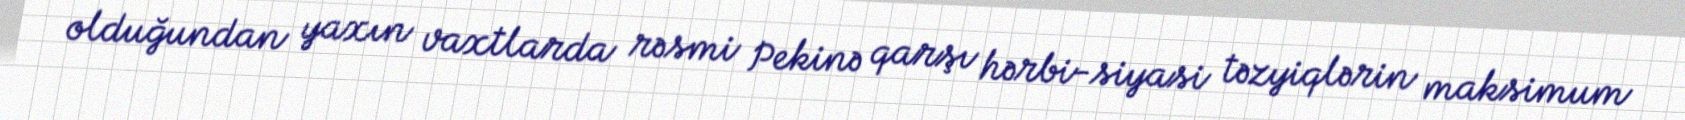
olduğundan yaxın vaxtlarda rəsmi Pekinə qarşı hərbi-siyasi təzyiqlərin maksimum